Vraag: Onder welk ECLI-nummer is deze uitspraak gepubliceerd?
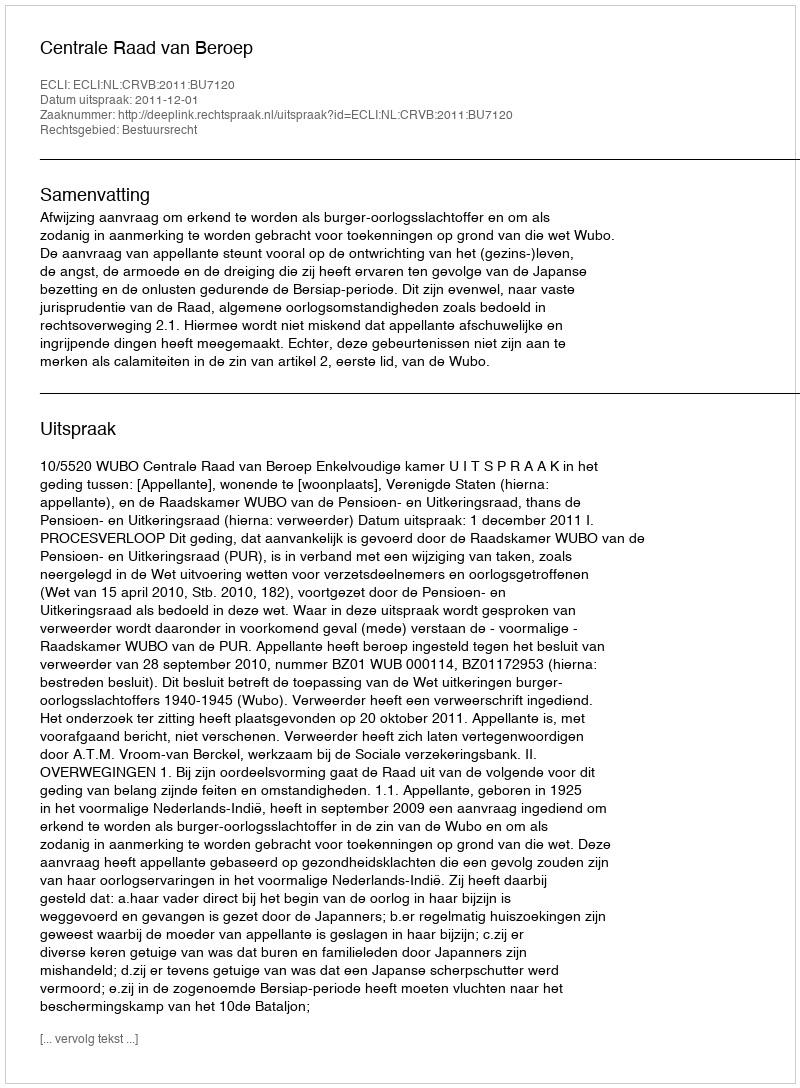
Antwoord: ECLI:NL:CRVB:2011:BU7120